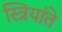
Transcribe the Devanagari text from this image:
स्त्रियांते